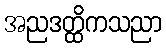
အညဒတ္ထိကသညာ